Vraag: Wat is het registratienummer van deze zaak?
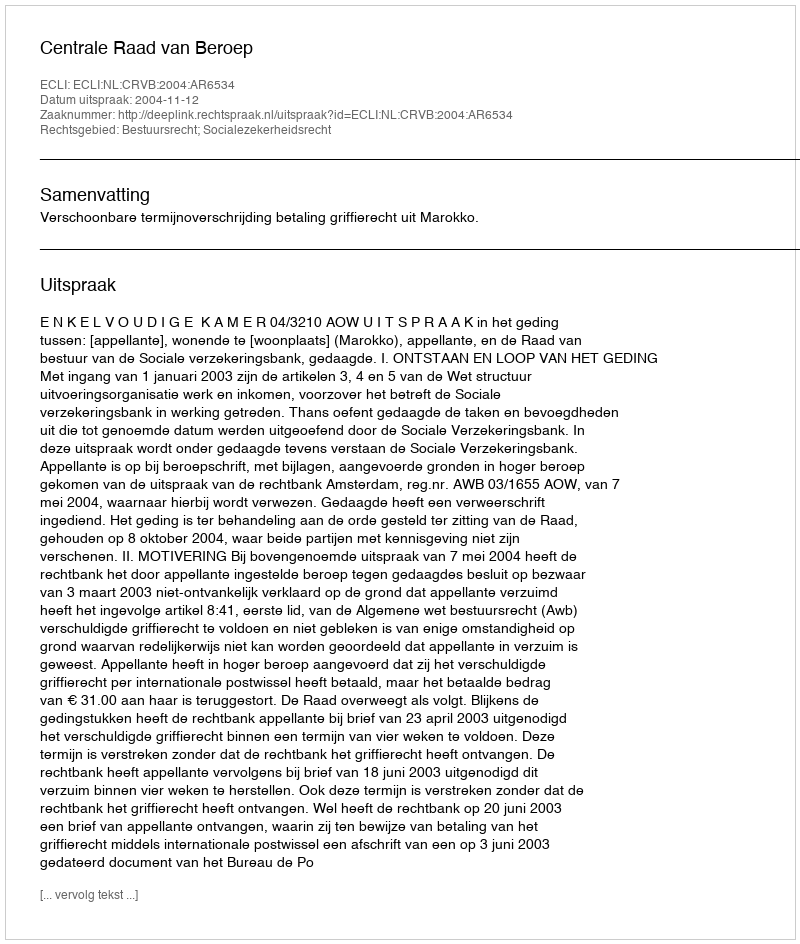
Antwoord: http://deeplink.rechtspraak.nl/uitspraak?id=ECLI:NL:CRVB:2004:AR6534